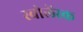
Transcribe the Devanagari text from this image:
स्वोलेंस्क